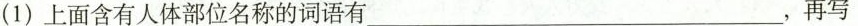
(1) 上面含有人体部位名称的词语有___，再写